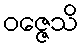
ဝဇ္ဇေသိ